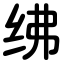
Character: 绋